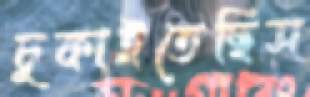
চুকাইতেছিস